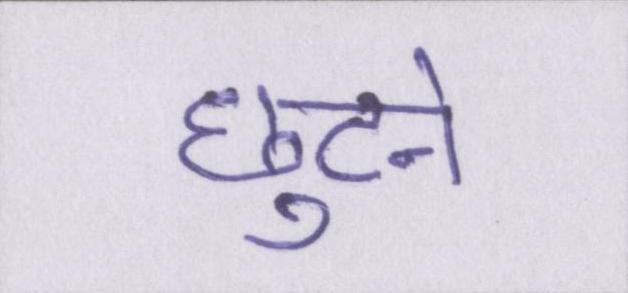
छुटने